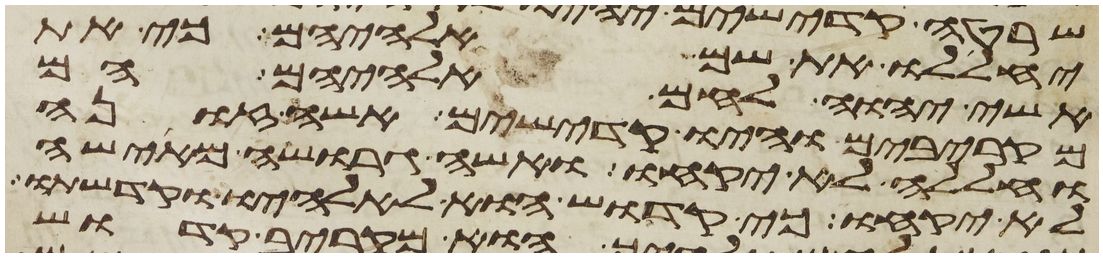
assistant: יחללו את שם אלהיהם כי את
אשי יהוה לחם אלהיהם הם
מקרבים והיו קדישים אשה זונה
וחללה לא יקחו ואשה גרושה מאישה
לא יקחו כי קדוש הוא לאלהיו וקדשתו